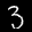
Label: 3